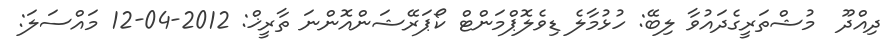
ދިއްދޫ  މުޝްތަރީގެދައުވާ ލިބޭ: ހުޅުމާލެ ޑިވެލޮޕްމަންޓް ކޯޕަރޭޝަންއޮންނަ ތާރީޚް: 2012-04-12 މައްސަލަ: